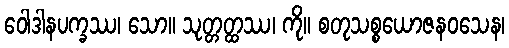
ဝေါဒါနပက္ခဿ၊ သော။ သုတ္တတ္ထဿ၊ ကို။ စတုသစ္စယောဇနဝသေန၊